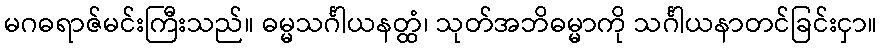
မဂဓရာဇ်မင်းကြီးသည်။ ဓမ္မသင်္ဂါယနတ္ထံ၊ သုတ်အဘိဓမ္မာကို သင်္ဂါယနာတင်ခြင်းငှာ။